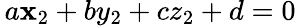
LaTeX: \, a\mathbf{x}_{2}+by_{2}+cz_{2}+d=0